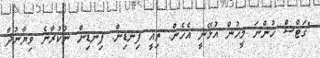
"ގަޓްސް ހުންނަ މީހުން އުޅޭނީ އެހެން. ތިއީ ފިނޑިން. ފިނޑިން ނުކުރާނެ ވިޔާނުދާ